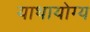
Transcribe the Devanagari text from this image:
याथायोग्य